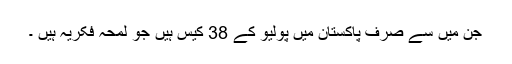
جن میں سے صرف پاکستان میں پولیو کے 38 کیس ہیں جو لمحہ فکریہ ہیں ۔